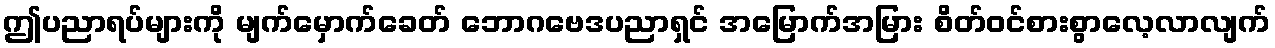
ဤပညာရပ်များကို မျက်မှောက်ခေတ် ဘောဂဗေဒပညာရှင် အမြောက်အမြား စိတ်ဝင်စားစွာလေ့လာလျက်